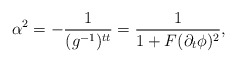
\begin{align*} \alpha^2=-\frac{1}{(g^{-1})^{tt}}=\frac{1}{1+F(\partial_t\phi)^2},\end{align*}